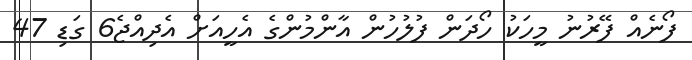
ފޯނެއް ފޭރުނު މީހަކު ހޯދަން ފުލުހުން އާންމުންގެ އެހީއަށް އެދިއްޖެ6 ގަޑި 47